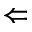
\Leftarrow